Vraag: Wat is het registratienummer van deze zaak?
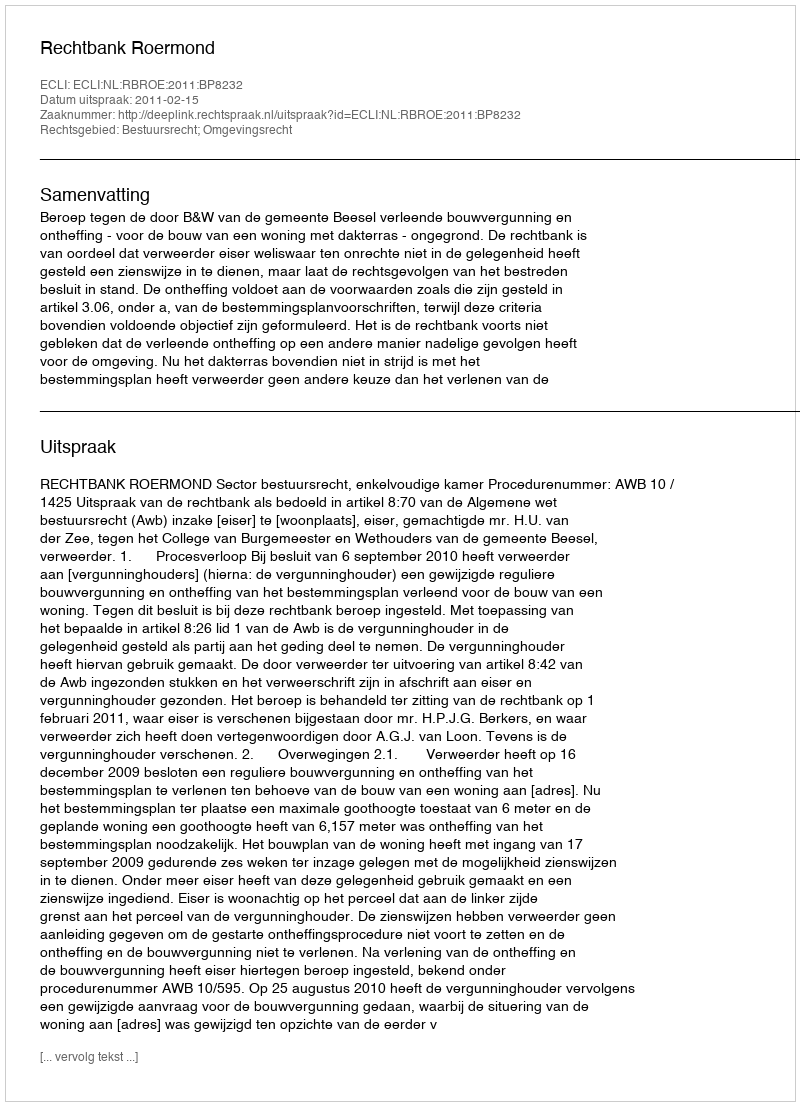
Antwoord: http://deeplink.rechtspraak.nl/uitspraak?id=ECLI:NL:RBROE:2011:BP8232